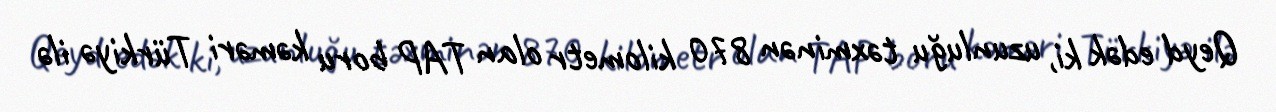
Qeyd edək ki, uzunluğu təxminən 870 kilometr olan TAP boru kəməri Türkiyə ilə